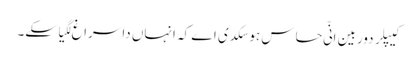
کیپلر دوربین اِنّی حساس ہوسکدی اے کہ انہاں دا سراغ لگیا سکے۔